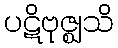
ပဋိဗုဇ္ဈသိ